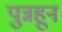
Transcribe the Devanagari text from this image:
पुन्नहून